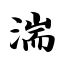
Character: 湍